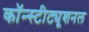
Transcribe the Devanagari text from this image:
कॉन्स्टीट्यूशनल